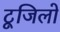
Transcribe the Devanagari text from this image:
टूजिलो